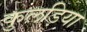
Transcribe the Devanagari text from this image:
कुलड़िया